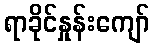
ရာခိုင်နှုန်းကျော်